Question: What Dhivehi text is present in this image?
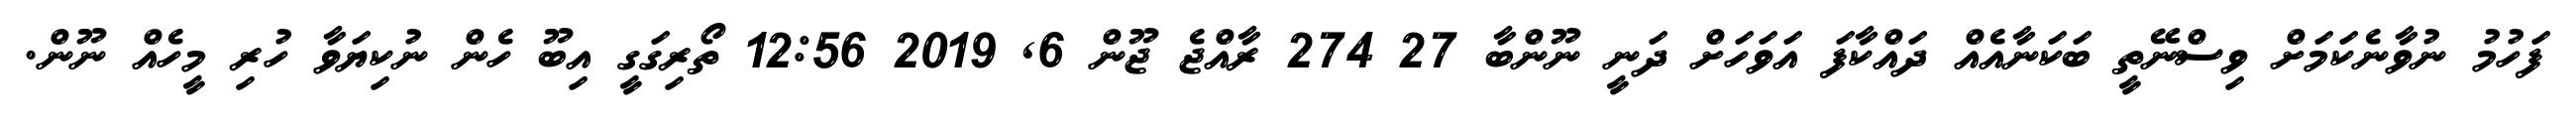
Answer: ފަހުމު ނުވާނެކަމަށް ވިސްނޭތީ ބަކަނާއެއް ދައްކާފަ އަވަހަށް ދަނީ ނޫންބާ 27 274 ރާއްޖެ ޖޫން 6, 2019 12:56 ތޯރިގަގީ އިބޫ ހެން ނުކިޔަވާ ހުރި މީހެއް ނޫން.